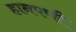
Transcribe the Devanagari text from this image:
हानपणी